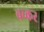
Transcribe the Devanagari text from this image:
बच्कर